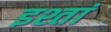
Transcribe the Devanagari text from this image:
इश्तां